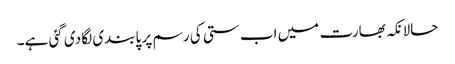
حالانکہ بھارت میں اب ستی کی رسم پر پابندی لگا دی گئی ہے۔